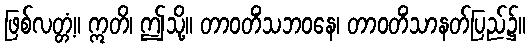
ဖြစ်လတ္တံ့။ ဣတိ၊ ဤသို့။ တာဝတိံသဘဝနေ၊ တာဝတိံသာနတ်ပြည်၌။